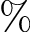
\%